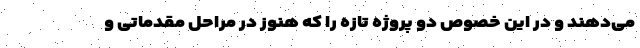
می‌دهند و در این خصوص دو پروژه تازه را که هنوز در مراحل مقدماتی و